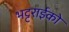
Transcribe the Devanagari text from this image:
भट्टराईको